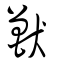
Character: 獸